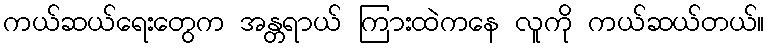
ကယ်ဆယ်ရေးတွေက အန္တရာယ် ကြားထဲကနေ လူကို ကယ်ဆယ်တယ်။